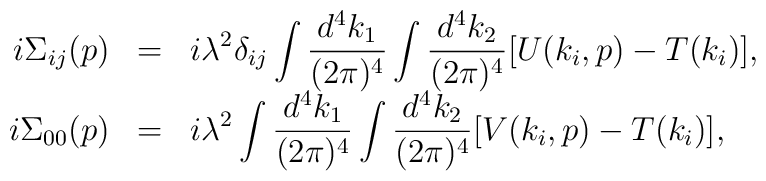
\begin{array}{rcl}i\Sigma_{ij}(p)&=&\displaystyle i\lambda^2\delta_{ij}\int\frac{d^4k_1}{(2\pi)^4}\int\frac{d^4k_2}{(2\pi)^4}[U(k_i,p)-T(k_i)],\\i\Sigma_{00}(p)&=&\displaystyle i\lambda^2\int\frac{d^4k_1}{(2\pi)^4}\int\frac{d^4k_2}{(2\pi)^4}[V(k_i,p)-T(k_i)], \end{array}